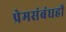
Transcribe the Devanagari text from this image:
प्रेमसंबंधही